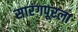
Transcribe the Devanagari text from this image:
सारंगपूरला